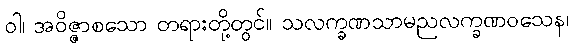
ဝါ၊ အဝိဇ္ဇာစသော တရားတို့တွင်။ သလက္ခဏသာမညလက္ခဏဝသေန၊